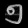
Digit: ၅